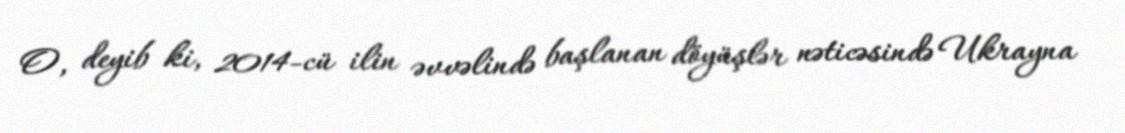
O, deyib ki, 2014-cü ilin əvvəlində başlanan döyüşlər nəticəsində Ukrayna